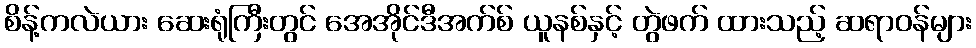
စိန့်ကလဲယား ဆေးရုံကြီးတွင် အေအိုင်ဒီအက်စ် ယူနစ်နှင့် တွဲဖက် ထားသည့် ဆရာဝန်များ